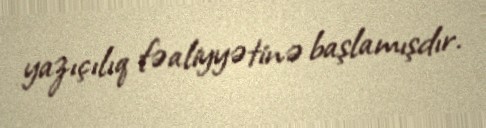
yazıçılıq fəaliyyətinə başlamışdır.